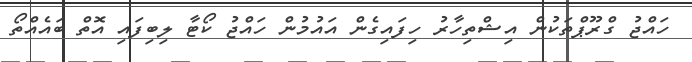
ހައްޖު ގްރޫޕްތަކުން އިޝްތިހާރު ހިފައިގެން އައުމުން ހައްޖު ކޯޓާ ލިބިފައި އޮތް ބައެއްތޯ